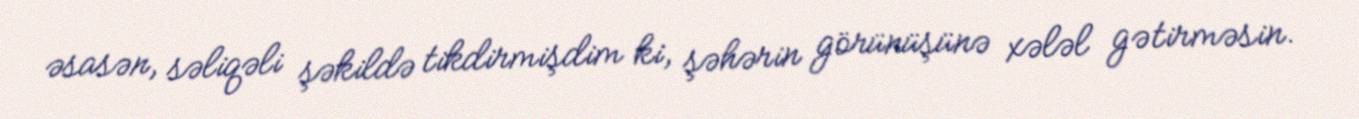
əsasən, səliqəli şəkildə tikdirmişdim ki, şəhərin görünüşünə xələl gətirməsin.